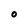
Character: O